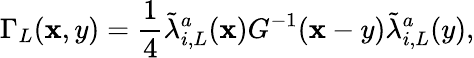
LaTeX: \Gamma_{L}(\mathbf{x},y)=\frac{{1}}{{4}}\tilde{{\lambda}}_{i,L}^{a}(\mathbf{x})G^{-1}(\mathbf{x}-y)\tilde{{\lambda}}_{i,L}^{a}(y),